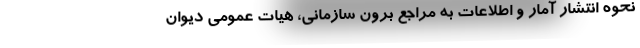
نحوه انتشار آمار و اطلاعات به مراجع برون سازمانی، هیات عمومی دیوان